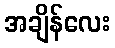
အချိန်လေး